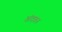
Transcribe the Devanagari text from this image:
अंदवन